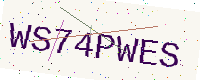
Text: WS74PWES